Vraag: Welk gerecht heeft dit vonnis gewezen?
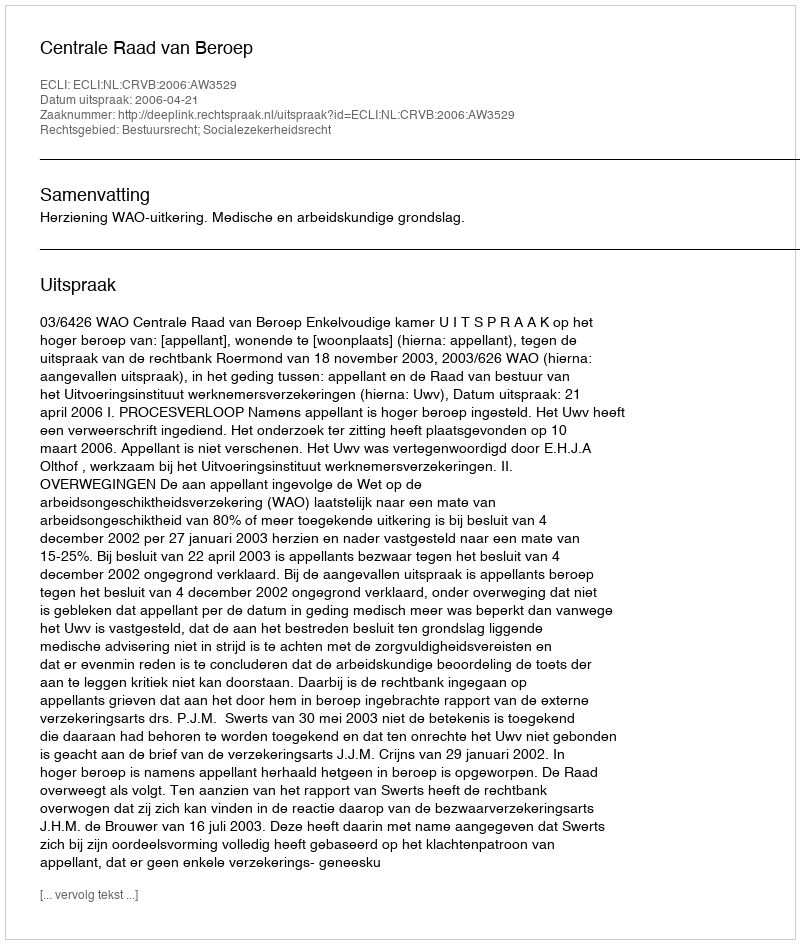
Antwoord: Centrale Raad van Beroep